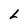
Character: L